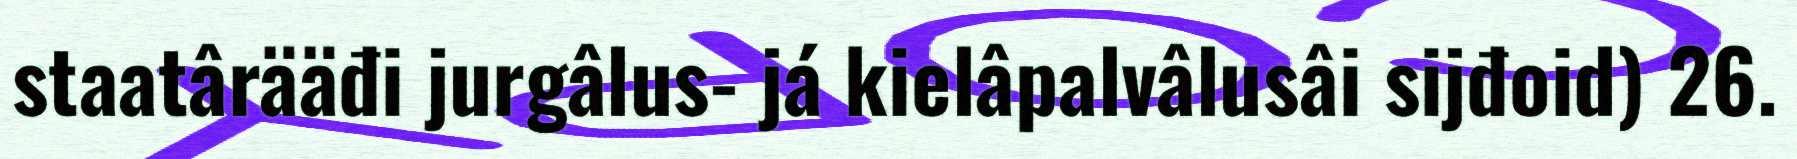
staatârääđi jurgâlus- já kielâpalvâlusâi sijđoid) 26.